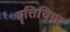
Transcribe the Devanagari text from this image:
वृत्तिचिया